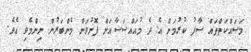
މަސައްކަތްތައް ސާފު ކުރުމަށް އެ ދެ މުއައްސަސާއަށް ފޮނުވަން މެންބަރުން ނިންމެވި އެވެ.